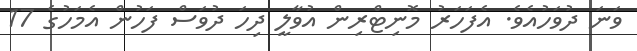
ވަނަ ދުވަހުއެވެ. އެފަހަރު މޮނިޓްރިން އުވާލީ ދިހަ ދުވަސް ފަހުން އެމަހުގެ 17